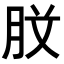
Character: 𭨰